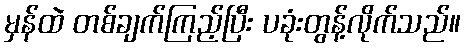
မှန်ထဲ တစ်ချက်ကြည့်ပြီး ပခုံးတွန့်လိုက်သည်။